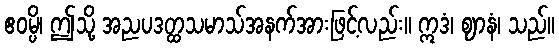
ဧဝမ္ပိ၊ ဤသို့ အညပဒတ္ထသမာသ်အနက်အားဖြင့်လည်း။ ဣဒံ၊ ဈာနံ၊ သည်။